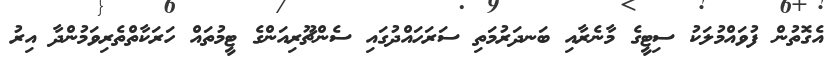
އެގޮތުން ފުވައްމުލަކު ސިޓީގެ މާނެރާއި ބަނދަރުމަތި ސަރަހައްދުގައި ސެންޗޫރިއަންގެ ޓީމުތައް ހަރަކާތްތެރިވަމުންދާ އިރު